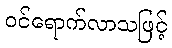
ဝင်ရောက်လာသဖြင့်